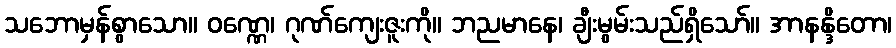
သဘောမှန်စွာသော။ ဝဏ္ဏေ၊ ဂုဏ်ကျေးဇူးကို။ ဘညမာနေ၊ ချီးမွမ်းသည်ရှိသော်။ အာနန္ဒိတော၊